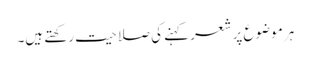
ہر موضوع پر شعر کہنے کی صلاحیت رکھتے ہیں۔